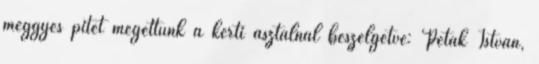
meggyes pitét megettünk a kerti asztal­nál beszélgetve: Peták István,